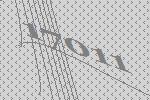
17011